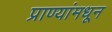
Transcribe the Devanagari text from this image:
प्राण्यांमधून